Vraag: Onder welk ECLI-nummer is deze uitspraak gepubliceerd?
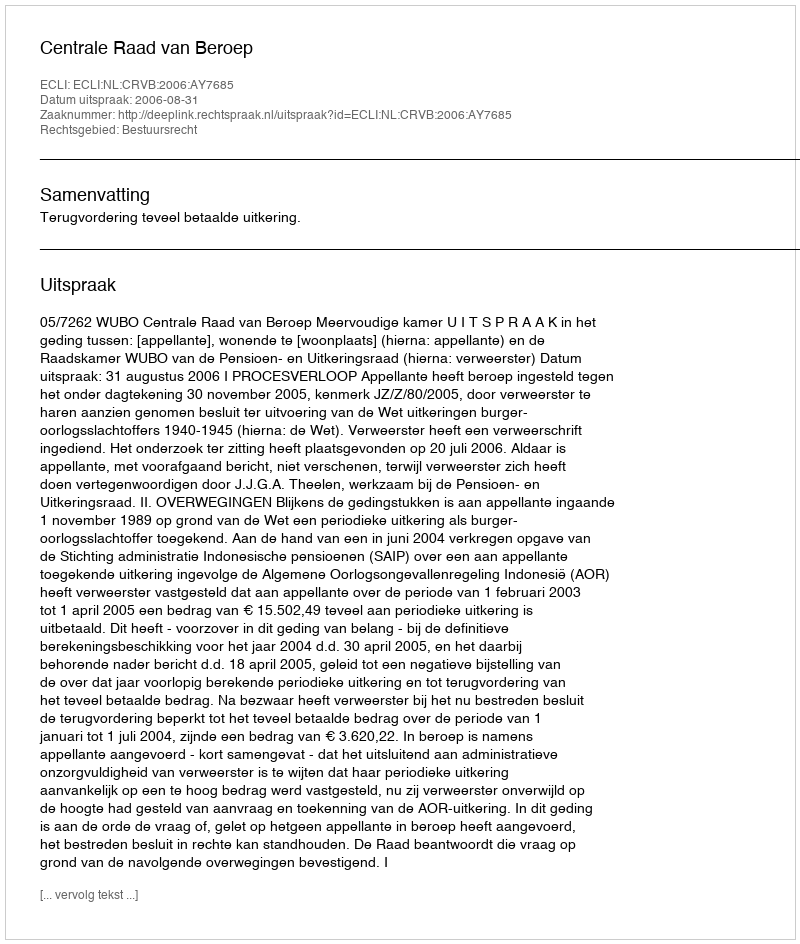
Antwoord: ECLI:NL:CRVB:2006:AY7685